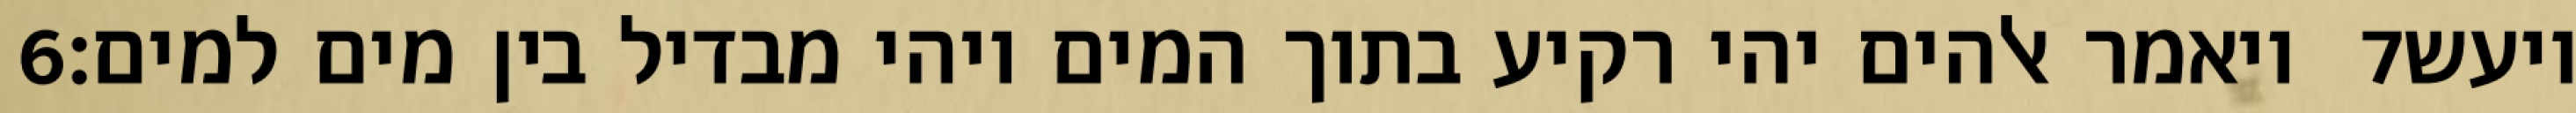
‎6‏ ויאמר אלהים יהי רקיע בתוך המים ויהי מבדיל בין מים למים׃ ‎7‏ ויעש